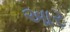
આર